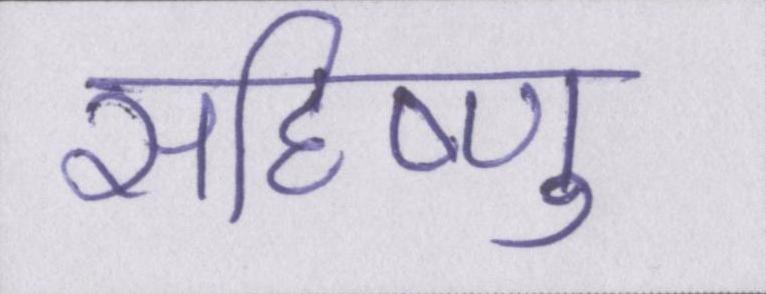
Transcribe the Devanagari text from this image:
सहिष्णु